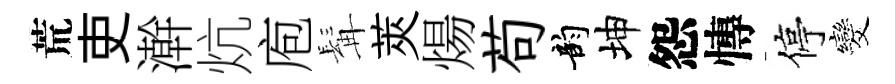
荒吏澣炕庖髯莢煬苟韵坤怨慱停发